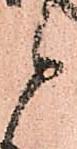
候